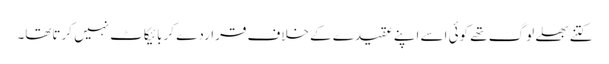
کتنے بھلے لوگ تھے کوئی اسے اپنے عقیدے کے خلاف قراردے کر بائیکاٹ نہیں کرتاتھا۔